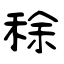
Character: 稌